Civil Veterinary Dept. North-West Frontier Province 1933-46 - 1933-1946
Year: 1933
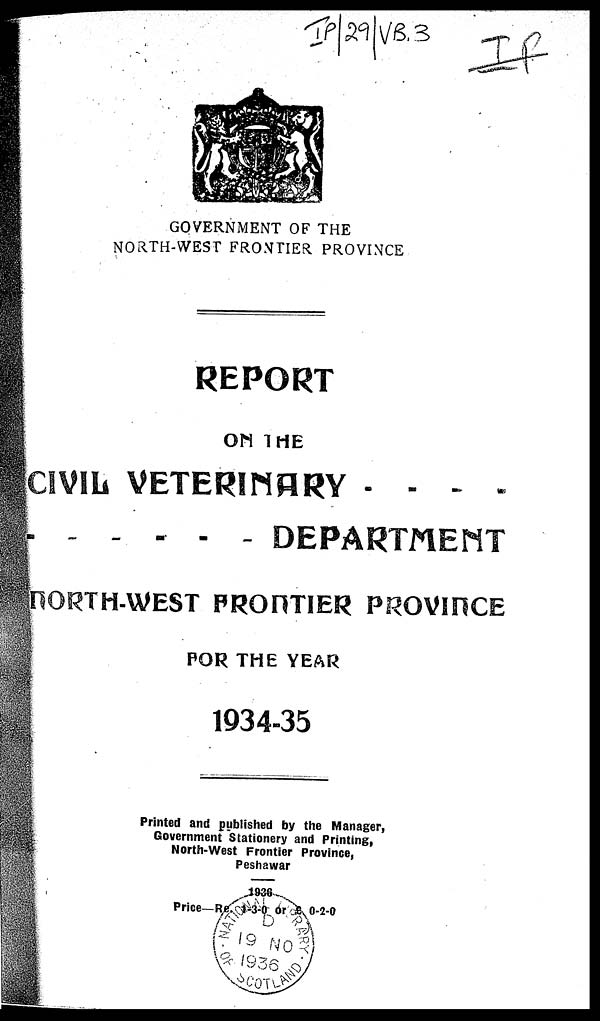
GOVERNMENT OF THE
NORTH-WEST FRONTIER PROVINCE
REPORT
ON THE
CIVIL VETERINARY . . . .
. . . . . DEPARTMENT
NORTH-WEST FRONTIER PROVINCE
FOR THE YEAR
1934-35
Printed and published by the Manager,
Government Stationery and Printing,
North-West Frontier Province,
Peshawar
Price—Re. 1-3-0 or 6 0-2-0